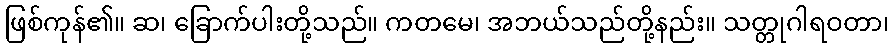
ဖြစ်ကုန်၏။ ဆ၊ ခြောက်ပါးတို့သည်။ ကတမေ၊ အဘယ်သည်တို့နည်း။ သတ္တုဂါရဝတာ၊